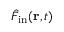
\hat { F } _ { \mathrm { i n } } ( { \bf r } , t )